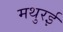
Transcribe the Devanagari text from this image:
मथुरई